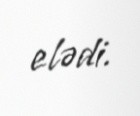
elədi.